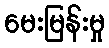
မေးမြန်းမှု